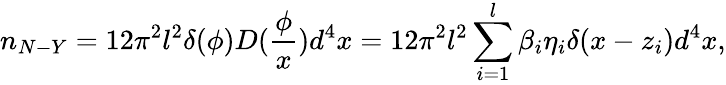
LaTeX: n_{N-Y}=12\pi^{2}l^{2}\delta(\phi)D(\frac\phi x)d^{4}x=12\pi^{2}l^{2}\sum_{i=1}^{l}\beta_{i}\eta_{i}\delta(x-z_{i})d^{4}x,